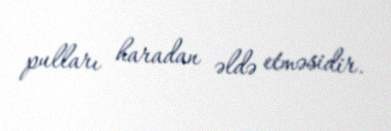
pulları haradan əldə etməsidir.